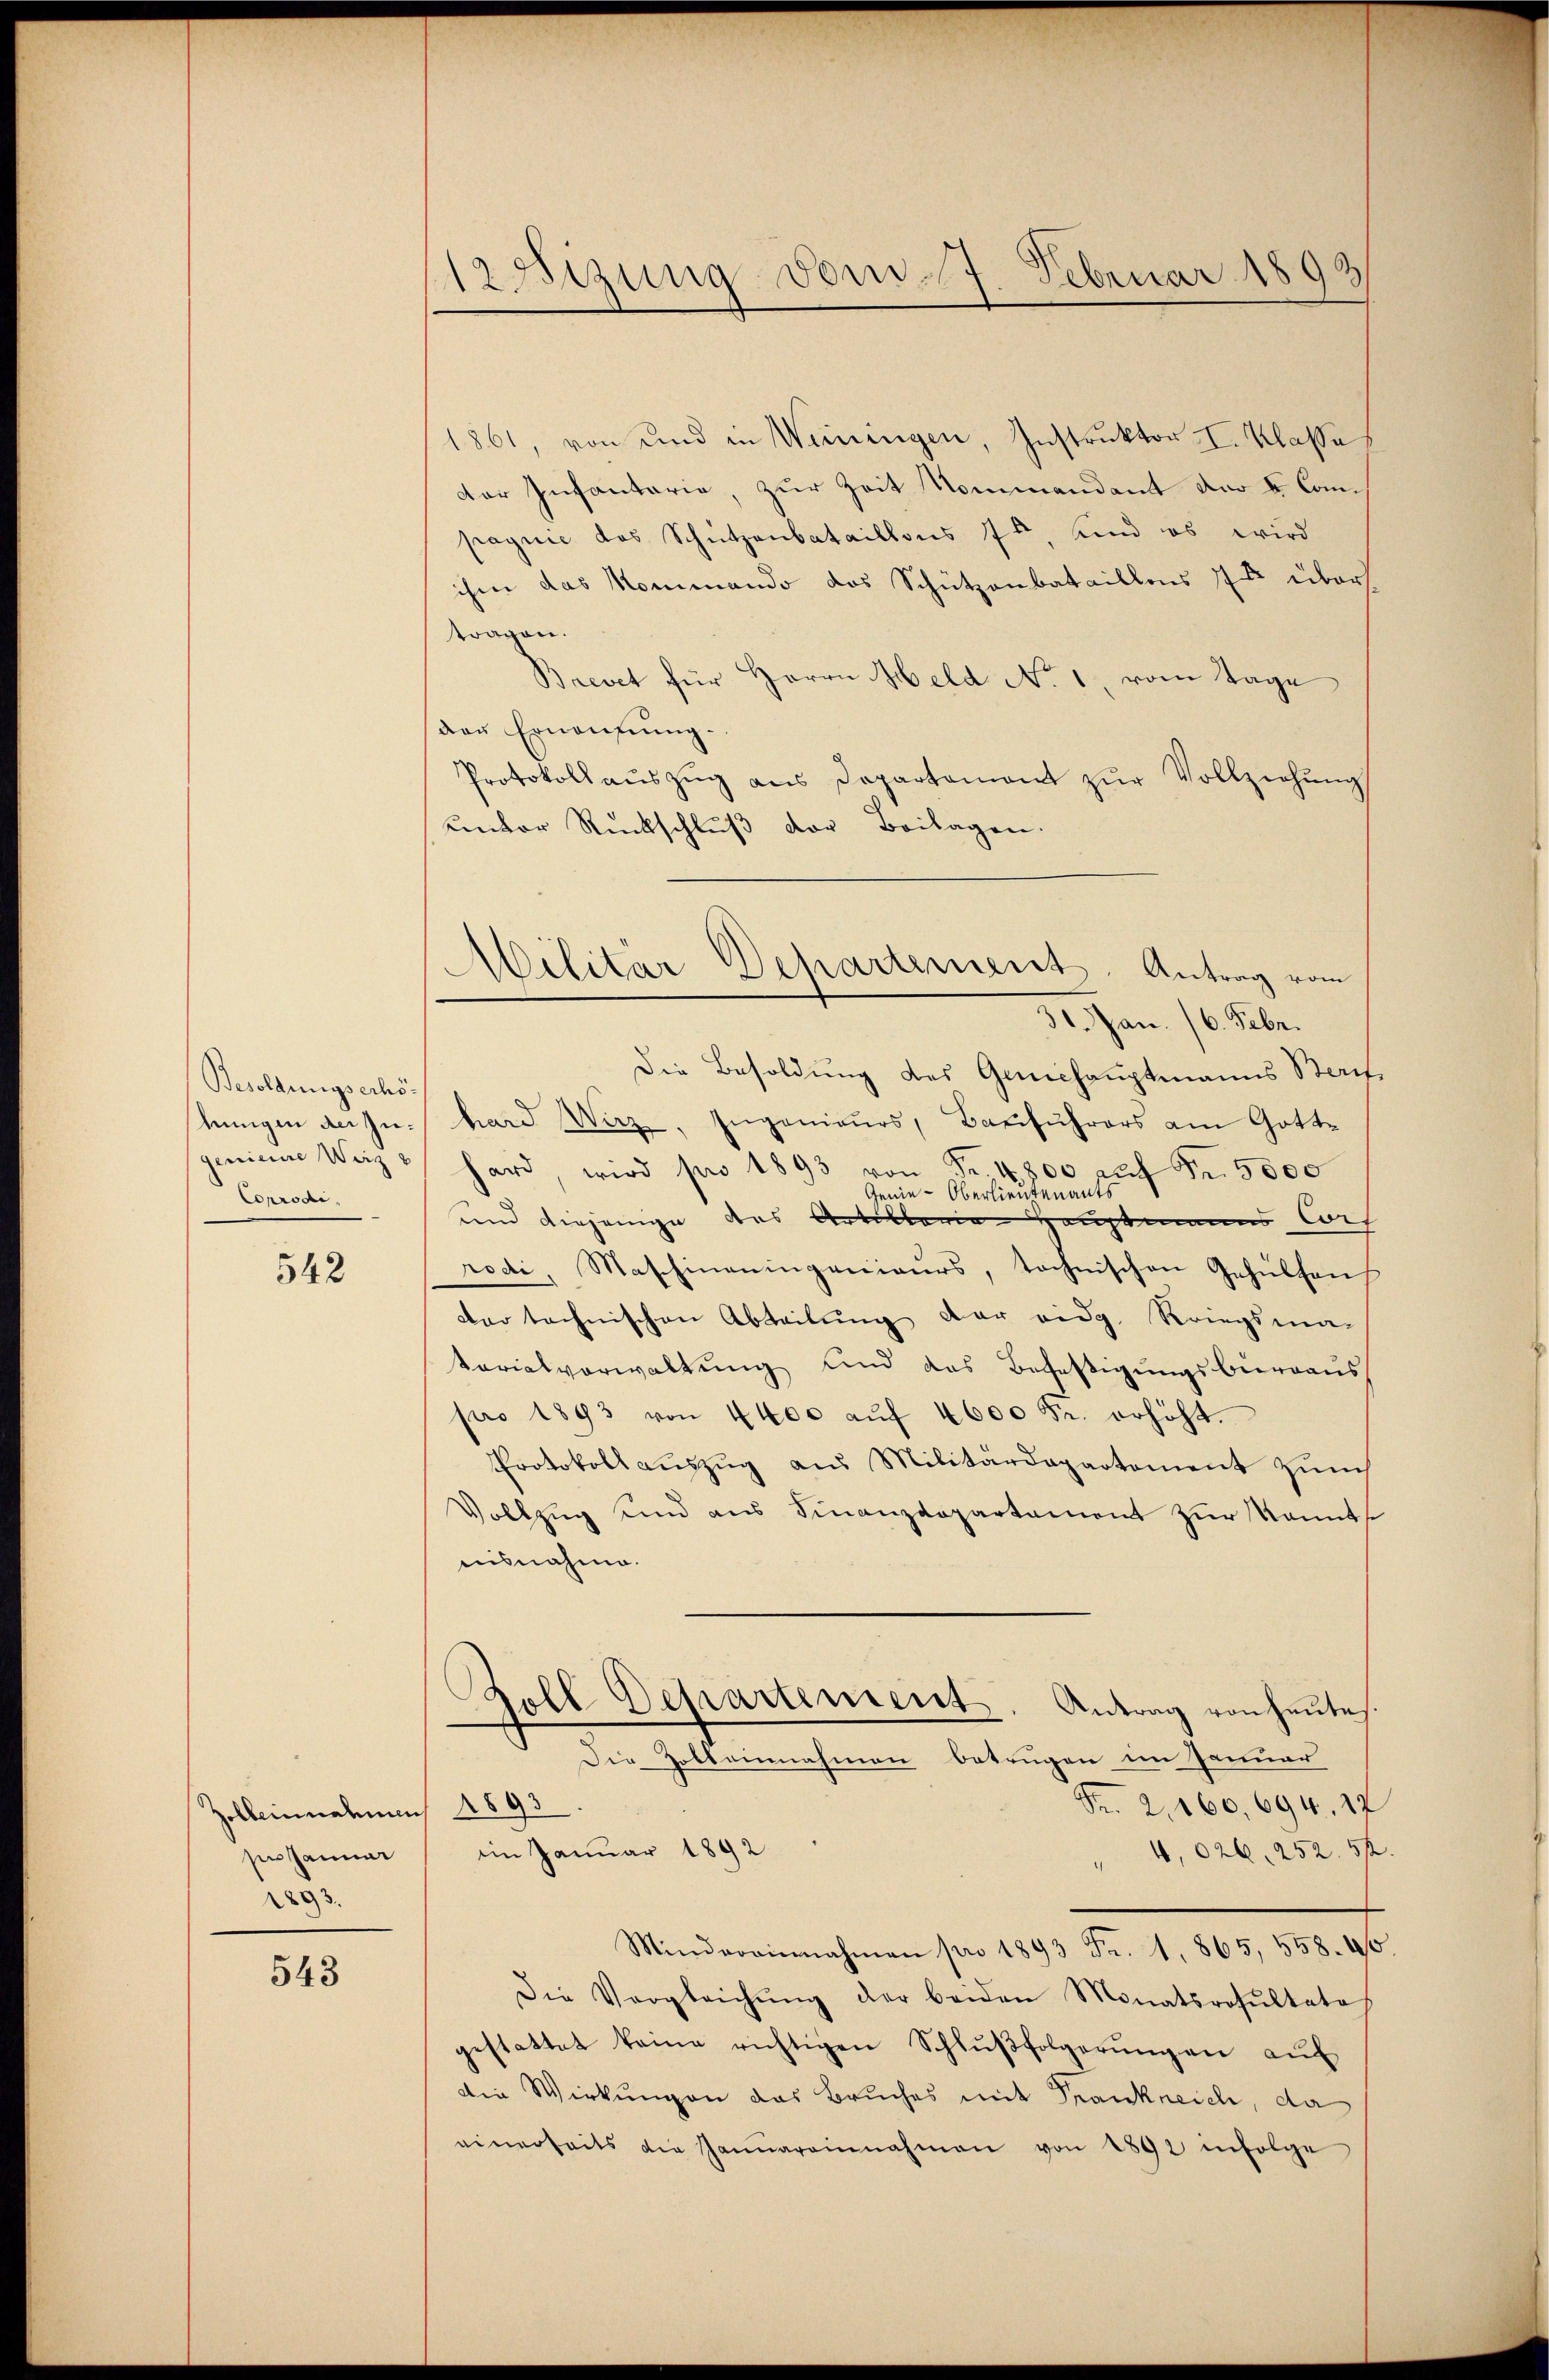
Besoldungserhöhungen der Zugenieure Weize
Corrodi,

542

Zolbeinnahmen 1893.
se Januar
1893.

543

12Sizung vom 7. Februar 1893

1861, von und in Weiningen, Instruktor I. Klasse
der Infantarie, zur Zeit Nommandant der V. Compagnie das Schützenbataillons 74, und es wird
ihm das Nominando das Schützenbataillens 7 über
tragen.
Brevet für Herrn Held No. 1 vom Tage
der Ernennung.
Protokoll aŭszŭg ans Departement zŭr Vollziehŭng
unter Rückschlŭβ der Beilagen.
31. Jan. 16. Febr.
Die Besoldung des Generhauptmanns Berit,
hard Wirz, Ingenieurs, Bauführers am Gotthard, wird pro 1893 von Fr. 4800 aŭf Fr. 5000
Genie-Oberlieutenants
und diejenige des Artillaria Hauptmanns Cors
rodi, Maschineningenieurs, technischen Gehülfen
dar technischen Abteilung der eidg. Kriegsma-
tarialverwaltung Kind das Befestigungsbieraus
pro 1893 von 4400 aŭf 4600 Fr. erhöht.
Protokoll aŭszŭg aŭs Militärdepartement zürch
Vollzug und aus Finanzdepartament zur kannte
aisnahme.
Boll Departement. Antrag von heutes.
" Die Zolbeinnahmen betrugen im Januar
Fr. 2. 160, 694, 17
im Januar 1892
4,026, 252. 54
Minderainnahmen pro 1893 Fr. 1. 865, 558. 46
Die Vergleichŭng der beiden Monatsrosŭltate
gestattet keine richtigen Schlŭβfolgerŭngen aŭf
die Wirkungen das Bruches mit Frankreich, da
einerseits die Janŭareinnahmen von 1892 infolge

Militär-Departement. Antrag vom